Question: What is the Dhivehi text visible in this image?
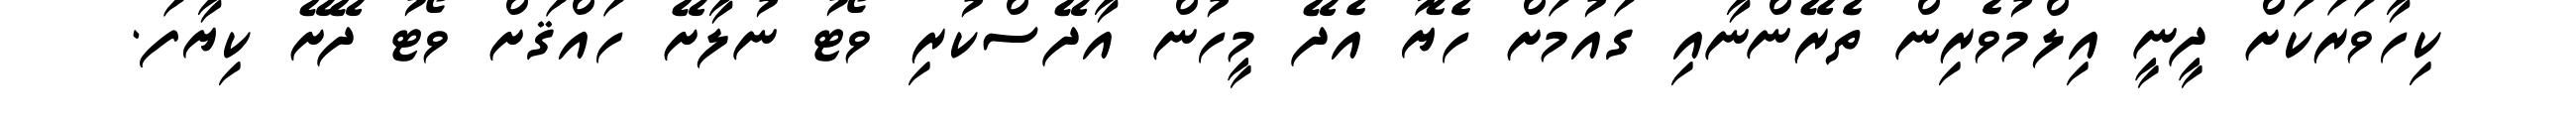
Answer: ކިހާވަރަކަށް ދީނީ އިލްމުވެރިން ތެރޭންނާއި ގައުމަށް ހެޔޮ އެދޭ މީހުން އާދޭސްކުރި ވޯޓު ނުލާށޭ ހައްޤަށް ވޯޓު ދޭށޭ ކިޔާފަ.